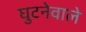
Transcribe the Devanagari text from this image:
घुटनेवाले